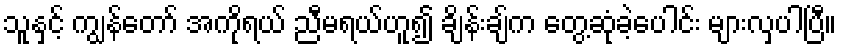
သူနှင့် ကျွန်တော် အကိုရယ် ညီမရယ်ဟူ၍ ချိန်းချ်က တွေ့ဆုံခဲ့ပေါင်း များလှပါပြီ။